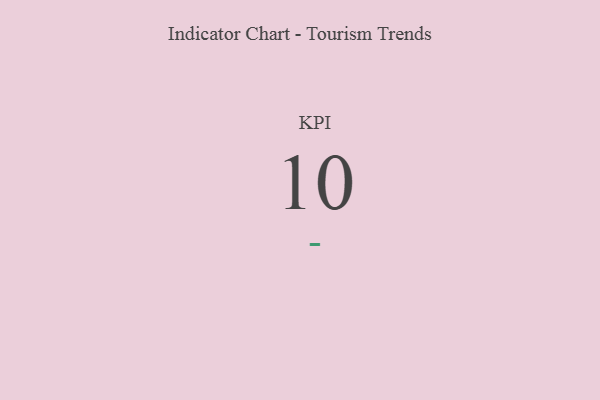
{"axis": {"x": "KPI", "y": "Value"}, "legend": [""], "data": [{"x": "KPI", "y": 10, "type": ""}]}